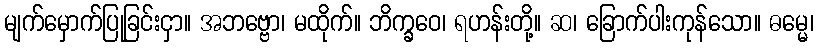
မျက်မှောက်ပြုခြင်းငှာ။ အဘဗ္ဗော၊ မထိုက်။ ဘိက္ခဝေ၊ ရဟန်းတို့။ ဆ၊ ခြောက်ပါးကုန်သော။ ဓမ္မေ၊